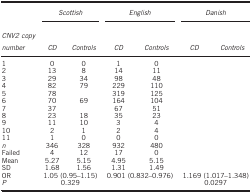
<table><thead><tr><td>[EMPTY_CELL]</td><td colspan="2"><b><i>Scottish</i></b></td><td colspan="2"><b><i>English</i></b></td><td colspan="2"><b><i>Danish</i></b></td></tr><tr><td><b><i>CNV2 copy number</i></b></td><td><b><i>CD</i></b></td><td><b><i>Controls</i></b></td><td><b><i>CD</i></b></td><td><b><i>Controls</i></b></td><td><b><i>CD</i></b></td><td><b><i>Controls</i></b></td></tr></thead><tbody><tr><td>1</td><td>0</td><td>0</td><td>1</td><td>0</td><td>[EMPTY_CELL]</td><td>[EMPTY_CELL]</td></tr><tr><td>2</td><td>13</td><td>8</td><td>14</td><td>11</td><td>[EMPTY_CELL]</td><td>[EMPTY_CELL]</td></tr><tr><td>3</td><td>29</td><td>34</td><td>98</td><td>48</td><td>[EMPTY_CELL]</td><td>[EMPTY_CELL]</td></tr><tr><td>4</td><td>82</td><td>79</td><td>229</td><td>110</td><td>[EMPTY_CELL]</td><td>[EMPTY_CELL]</td></tr><tr><td>5</td><td>78</td><td>[EMPTY_CELL]</td><td>319</td><td>125</td><td>[EMPTY_CELL]</td><td>[EMPTY_CELL]</td></tr><tr><td>6</td><td>70</td><td>69</td><td>164</td><td>104</td><td>[EMPTY_CELL]</td><td>[EMPTY_CELL]</td></tr><tr><td>7</td><td>37</td><td>[EMPTY_CELL]</td><td>67</td><td>51</td><td>[EMPTY_CELL]</td><td>[EMPTY_CELL]</td></tr><tr><td>8</td><td>23</td><td>18</td><td>35</td><td>23</td><td>[EMPTY_CELL]</td><td>[EMPTY_CELL]</td></tr><tr><td>9</td><td>11</td><td>10</td><td>3</td><td>4</td><td>[EMPTY_CELL]</td><td>[EMPTY_CELL]</td></tr><tr><td>10</td><td>2</td><td>1</td><td>2</td><td>4</td><td>[EMPTY_CELL]</td><td>[EMPTY_CELL]</td></tr><tr><td>11</td><td>1</td><td>0</td><td>0</td><td>0</td><td>[EMPTY_CELL]</td><td>[EMPTY_CELL]</td></tr><tr><td><i>n</i></td><td>346</td><td>328</td><td>932</td><td>480</td><td>[EMPTY_CELL]</td><td>[EMPTY_CELL]</td></tr><tr><td>Failed</td><td>4</td><td>12</td><td>17</td><td>0</td><td>[EMPTY_CELL]</td><td>[EMPTY_CELL]</td></tr><tr><td>Mean</td><td>5.27</td><td>5.15</td><td>4.95</td><td>5.15</td><td>[EMPTY_CELL]</td><td>[EMPTY_CELL]</td></tr><tr><td>SD</td><td>1.68</td><td>1.56</td><td>1.31</td><td>1.49</td><td>[EMPTY_CELL]</td><td>[EMPTY_CELL]</td></tr><tr><td>OR</td><td colspan="2">1.05 (0.95–1.15)</td><td colspan="2">0.901 (0.832–0.976)</td><td colspan="2">1.169 (1.017–1.348)</td></tr><tr><td><i>P</i></td><td colspan="2">0.329</td><td colspan="2">[EMPTY_CELL]</td><td colspan="2">0.0297</td></tr></tbody></table>